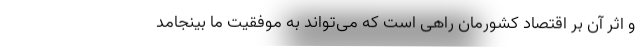
و اثر آن بر اقتصاد کشورمان راهی است که می‌تواند به موفقیت ما بینجامد